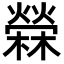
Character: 檾